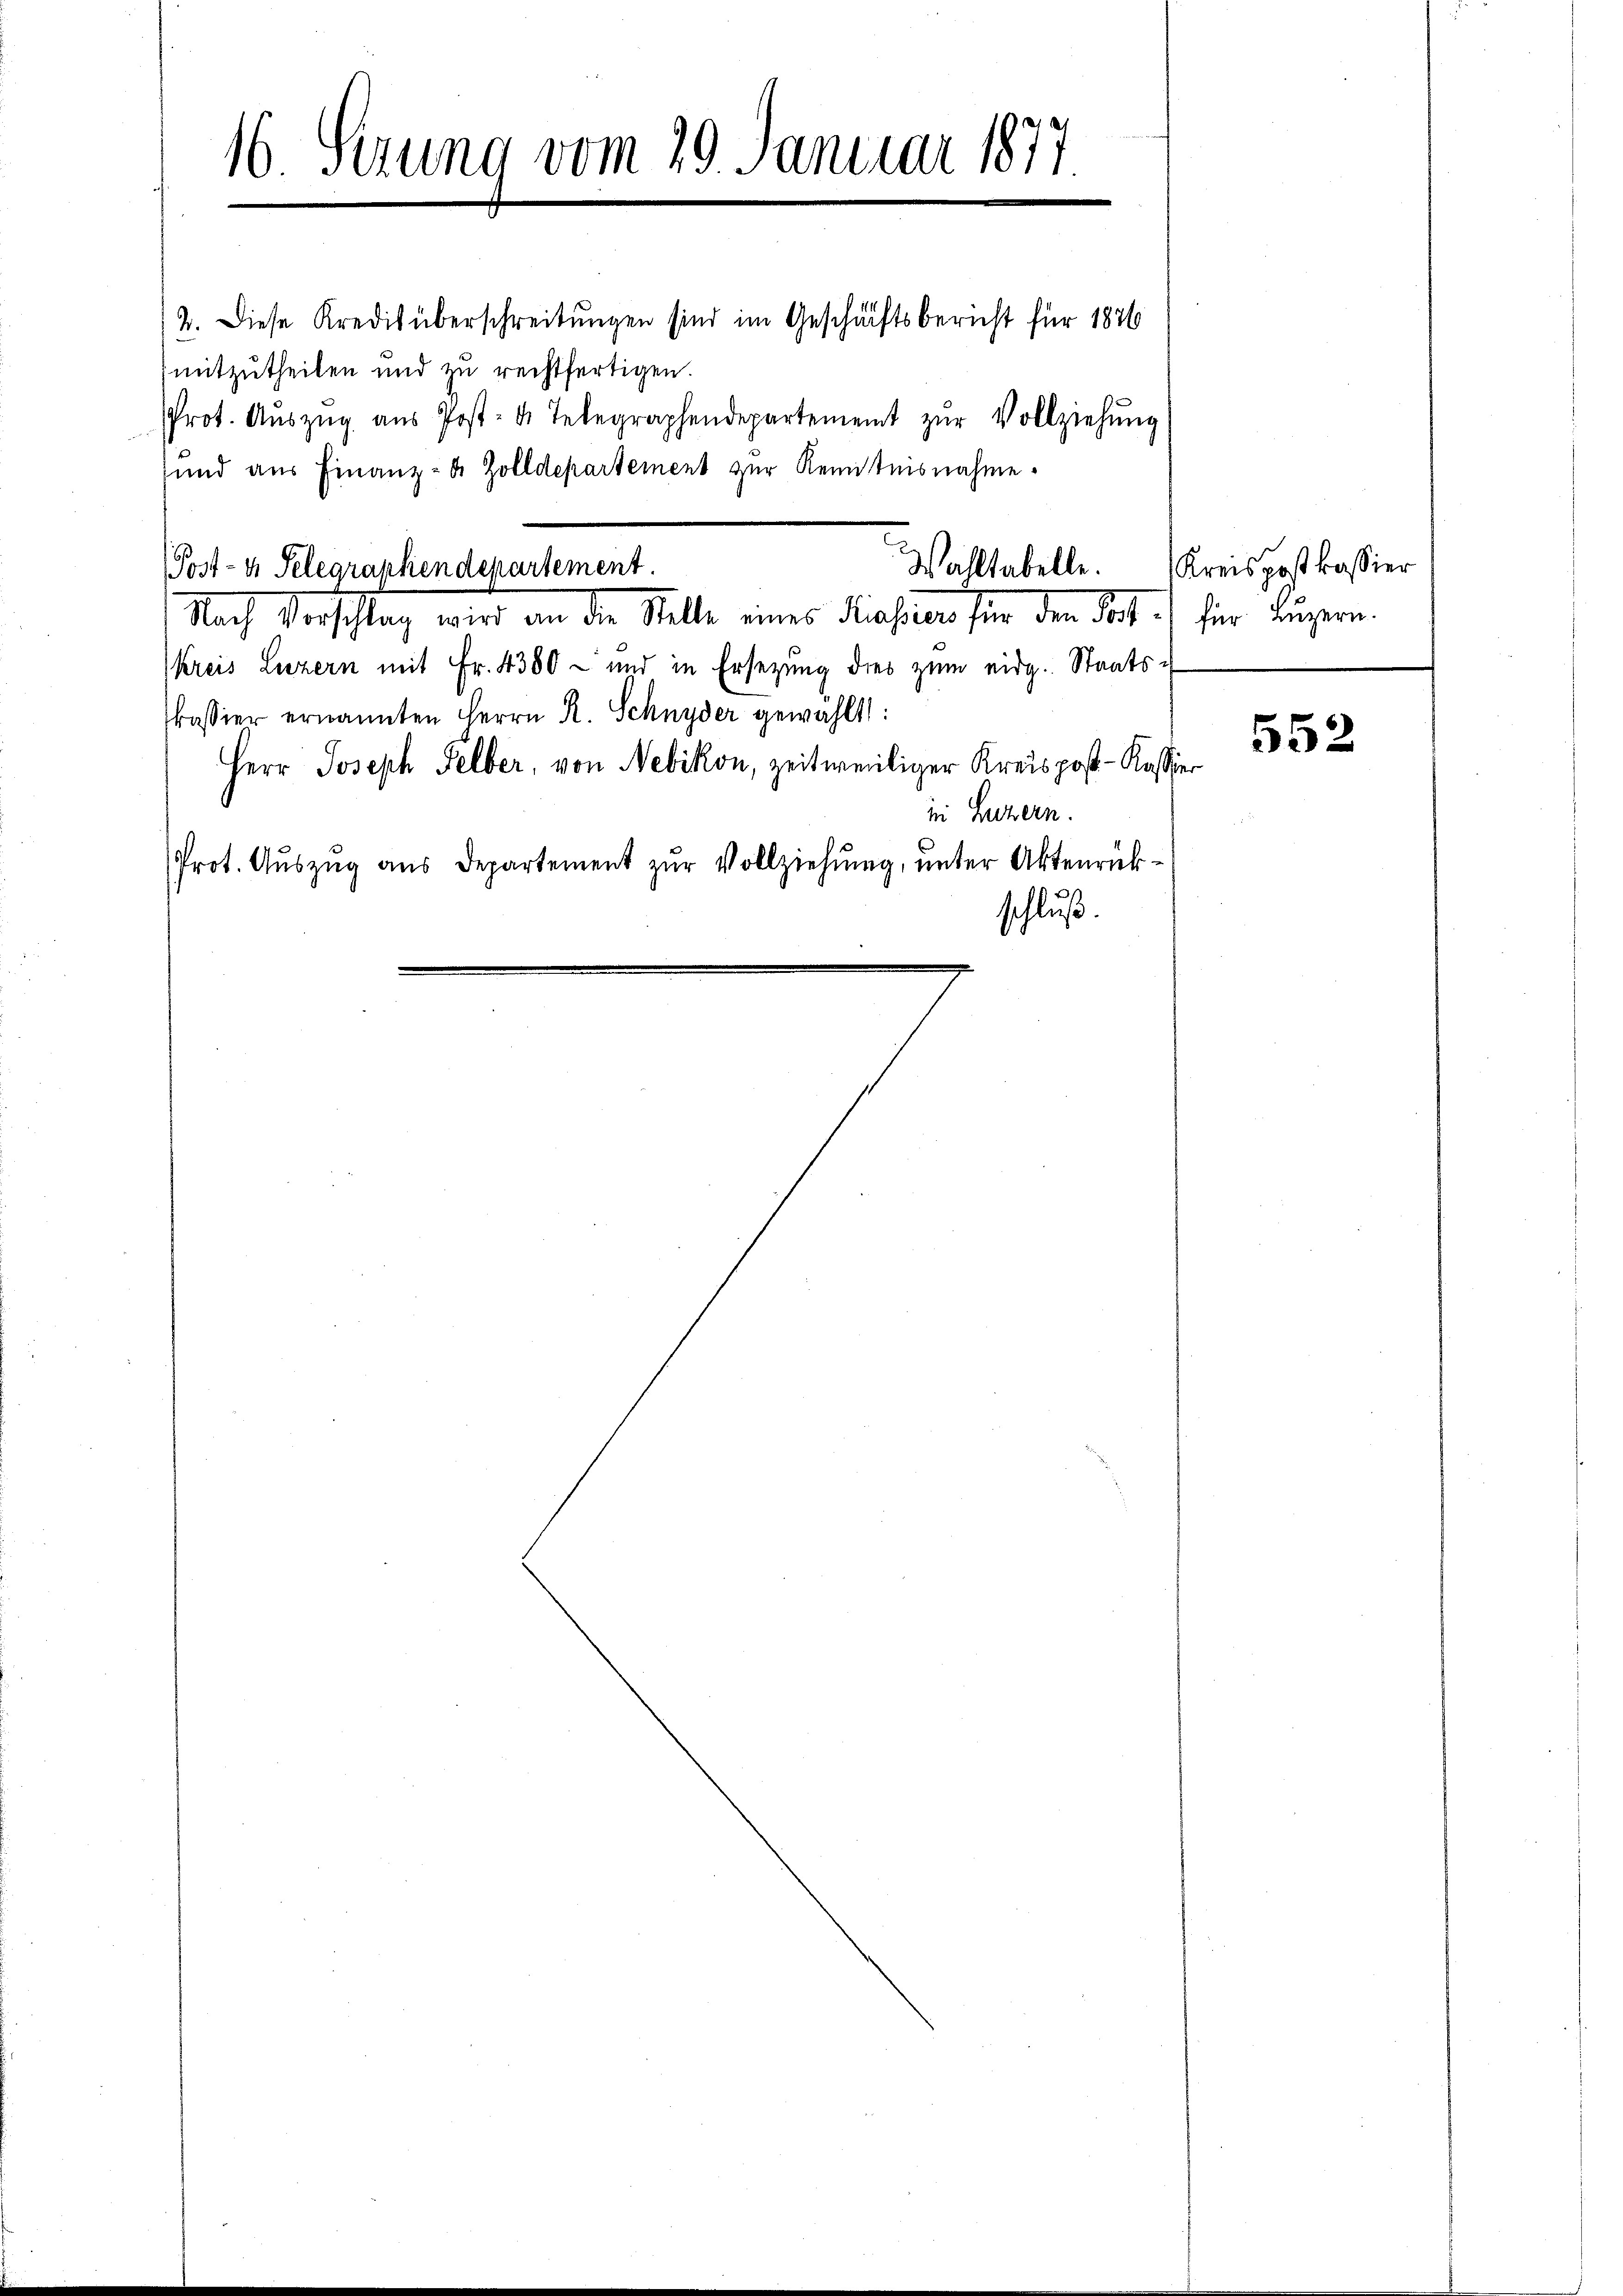
16 Serung vom 29. Januar 1877

2. Diese Kredit überschreibungen sind im Geschäftsbericht für 1876
mitzutheilen und zu rechtfertigen.
Prot. Aŭszŭg aŭs Post- u. Telegraphendepartement zŭr Vollziehŭng
und aus Finanz- & Zolldepartement zur Kenntnisnahme.
Post- & Selegraphendepartement.
Nach Verschlag wird an die Stelle eines Praesenes sein den St
kreis Luzern mit Fr. 4380 - und in Ersetzung dies zum eidg. Staats-
kassier ernannten Herrn R. Schnyder gewählt:
Herr Joseph Selber, von Nebikon, zeitweiliger Kreispost-Kassie
in Luzern.
Prot. Aŭszŭg aŭs Departement zŭr Vollziehŭng ŭnter Aktenrück-
schluß
8

Wahltabelle.

Kreispostkassier
für Luzern.

552